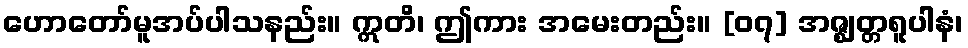
ဟောတော်မူအပ်ပါသနည်း။ ဣတိ၊ ဤကား အမေးတည်း။ [၀၇] အဇ္ဈတ္တရူပါနံ၊